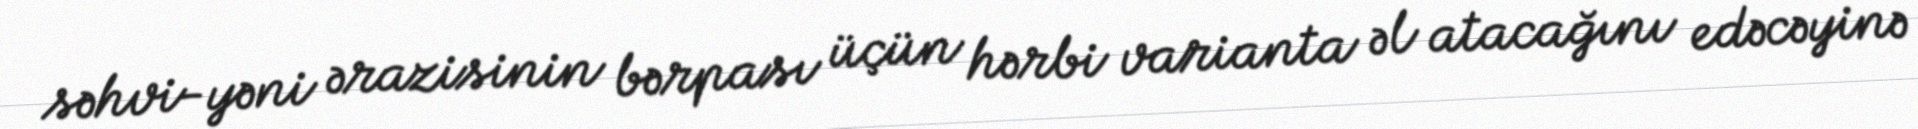
səhvi-yəni ərazisinin bərpası üçün hərbi varianta əl atacağını edəcəyinə